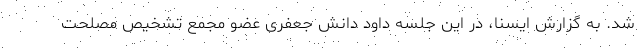
شد. به گزارش ایسنا، در این جلسه داود دانش جعفری عضو مجمع تشخیص مصلحت